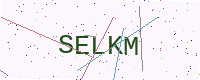
Text: SELKM